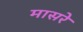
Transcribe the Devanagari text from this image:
मासरे